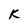
Character: K